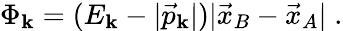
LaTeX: \Phi_{\mathbf{k}}=(E_{\mathbf{k}}-|\vec{{p}}_{\mathbf{k}}|)|\vec{{x}}_{B}-\vec{{x}}_{A}|\; .